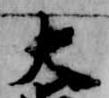
大